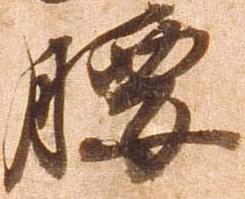
腰